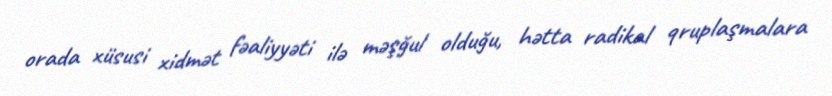
orada xüsusi xidmət fəaliyyəti ilə məşğul olduğu, hətta radikal qruplaşmalara